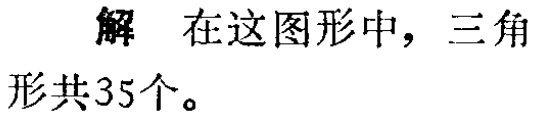
解 在这图形中，三角形共35个。